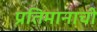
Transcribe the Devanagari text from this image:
प्रतिमानाची